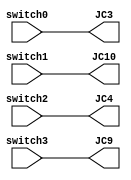
//////////////////////////////////////////////////////////////////////////////////
// Company: 
// Engineer: 
// 
// Design Name: 
// Module Name: motor_spin_all
// Project Name: 
// Target Devices: 
// Tool Versions: 
// Description: 
// 
// Dependencies: 
// 
// Revision:
// Revision 0.01 - File Created
// Additional Comments:
// 
//////////////////////////////////////////////////////////////////////////////////


module motor_spin_all(
    input switch0,
    input switch1,
    input switch2,
    input switch3,
    output JC3,
    output JC9,
    output JC4,
    output JC10
    );
    
    assign JC3 = switch0;
    assign JC10 = switch1;
    assign JC4 = switch2;
    assign JC9 = switch3;
   
    
    
endmodule